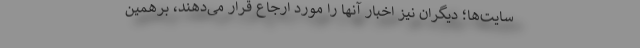
سایت‌ها؛ دیگران نیز اخبار آنها را مورد ارجاع قرار می‌دهند، برهمین